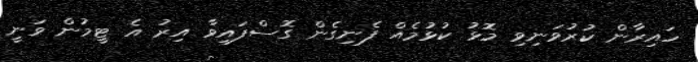
ހައިރާން ކުރުވަނިވި މޮޅު ކުޅުމެއް ފެނިގެން ގޮސްފައިވާ އިރު އެ ޓީމުން ވަނީ